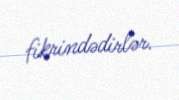
fikrindədirlər.